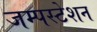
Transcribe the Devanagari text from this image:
जम्पस्टेशन